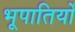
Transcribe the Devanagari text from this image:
भूपातियों